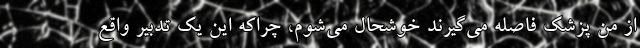
از منِ پزشک فاصله می‌گیرند خوشحال می‌شوم، چراکه این یک تدبیر واقع